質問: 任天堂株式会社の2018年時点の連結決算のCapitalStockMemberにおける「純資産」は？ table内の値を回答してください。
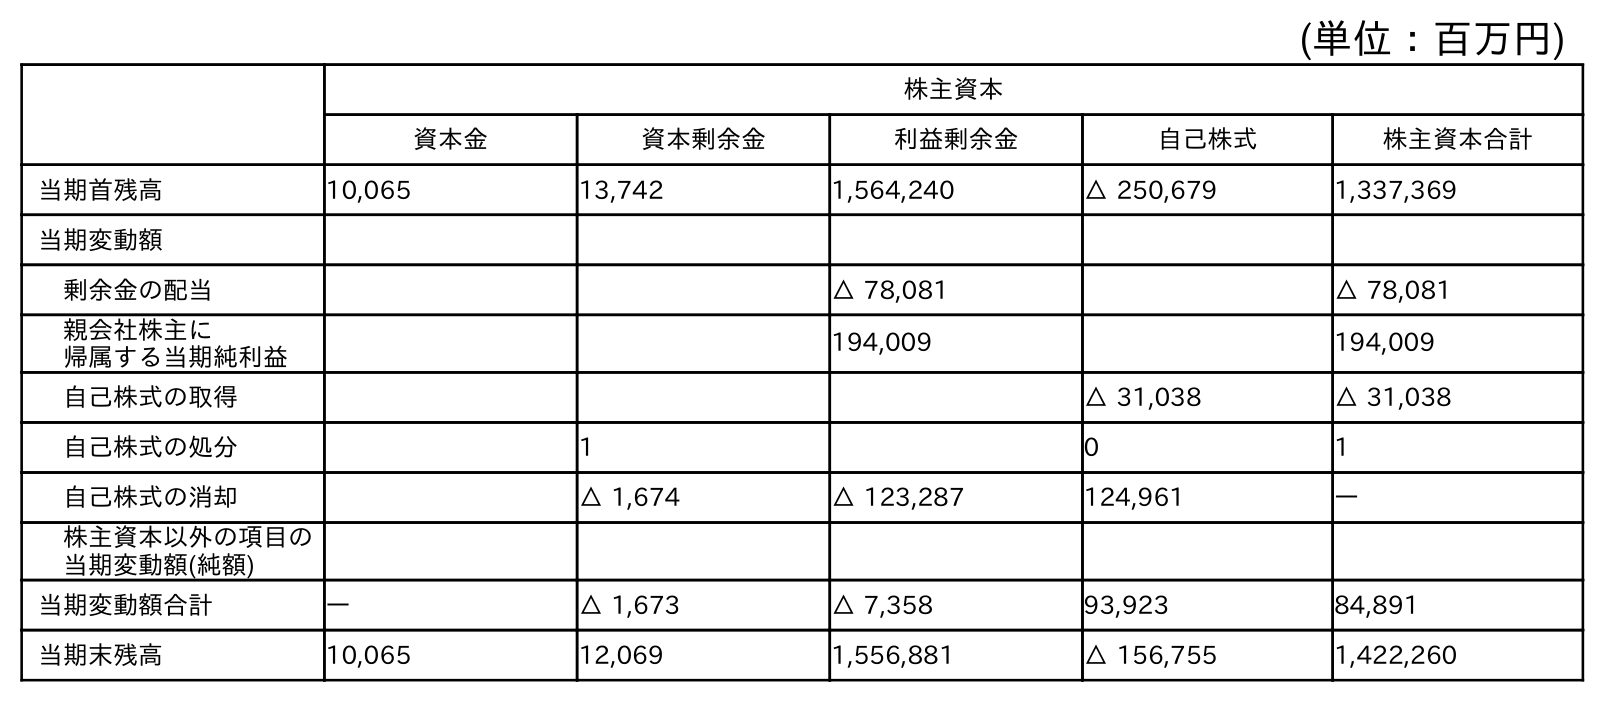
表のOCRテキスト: (単位：百万円) 株主資本 資本金 資本剰余金 利益剰余金 自己株式 株主資本合計 当期首残高 10,065 13,742 1,564,240 △ 250,679 1,337,369 当期変動額 剰余金の配当 △ 78,081 △ 78,081 親会社株主に 帰属する当期純利益 194,009 194,009 自己株式の取得 △ 31,038 △ 31,038 自己株式の処分 1 0 1 自己株式の消却 △ 1,674 △ 123,287 124,961 ― 株主資本以外の項目の 当期変動額(純額) 当期変動額合計 ― △ 1,673 △ 7,358 93,923 84,891 当期末残高 10,065 12,069 1,556,881 △ 156,755 1,422,260
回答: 10,065